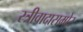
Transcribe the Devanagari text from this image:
स्त्रीवादासमोर